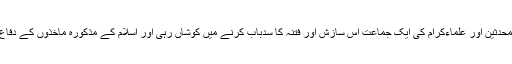
لیکن الحمد للہ ہر دو ر میں محدثین اور علماءکرام کی ایک جماعت اس سازش اور فتنہ کا سدباب کرنے میں کوشاں رہی اور اسلام کے مذکورہ ماخذوں کے دفاع میں ہمیشہ سینہ سپر رہی ۔